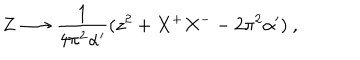
LaTeX: Z \longrightarrow \frac { 1 } { 4 \pi ^ { 2 } \alpha ^ { \prime } } ( z ^ { 2 } + X ^ { + } X ^ { -- } 2 \pi ^ { 2 } \alpha ^ { \prime } ) \ ,